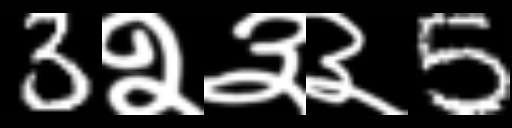
Text: 3२३३5